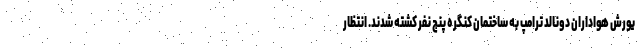
یورش هواداران دونالد ترامپ به ساختمان کنگره پنج نفر کشته شدند. انتظار